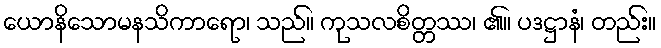
ယောနိသောမနသိကာရော၊ သည်။ ကုသလစိတ္တဿ၊ ၏။ ပဒဋ္ဌာနံ၊ တည်း။